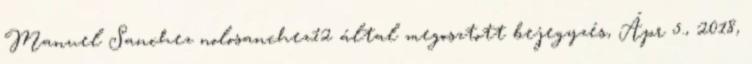
Manuel Sanchez nolosanchez12 által megosztott bejegyzés, Ápr 5., 2018,